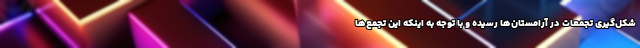
شکل‌گیری تجمعات در آرامستان‌ها رسیده و با توجه به اینکه این تجمع‌ها